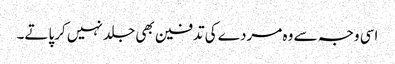
اسی وجہ سے وہ مردے کی تدفین بھی جلد نہیں کرپاتے۔